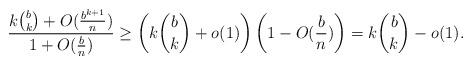
LaTeX: \begin{align*}\frac{k\binom{b}{k}+O(\frac{b^{k+1}}{n})}{1+O(\frac{b}{n})} \ge \left(k\binom{b}{k} + o(1)\right)\left(1-O(\frac{b}{n})\right) = k\binom{b}{k} - o(1).\end{align*}